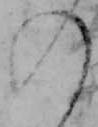
の